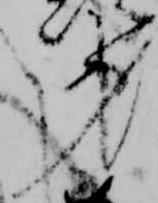
第